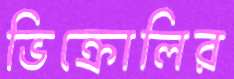
ভিক্রোলির